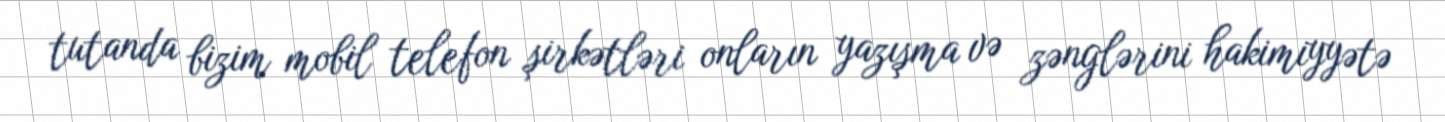
tutanda bizim mobil telefon şirkətləri onların yazışma və zənglərini hakimiyyətə